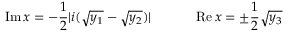
\mathrm { I m } \, x = - \frac { 1 } { 2 } | i ( \sqrt { y _ { 1 } } - \sqrt { y _ { 2 } } ) | \ \ \ \ \ \ \ \ \ \ \mathrm { R e } \, x = \pm \frac { 1 } { 2 } \sqrt { y _ { 3 } }